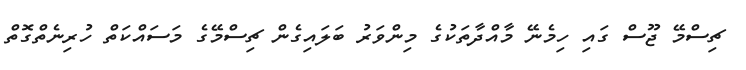
ޗިސްމޭ ޖޫސް ގައި ހިމެނޭ މާއްދާތަކުގެ މިންވަރު ބަލައިގެން ޗިސްމޭގެ މަސައްކަތް ހުރިނެތްގޮތް